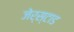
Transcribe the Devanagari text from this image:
जेर्स्टाड